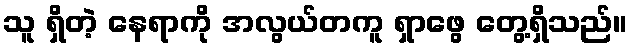
သူ ရှိတဲ့ နေရာကို အလွယ်တကူ ရှာဖွေ တွေ့ရှိသည်။